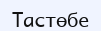
Тастөбе